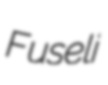
Fuseli